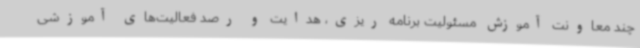
چند معاونت آموزش مسئولیت برنامه ریزی، هدایت و رصد فعالیت‌های آموزشی